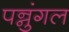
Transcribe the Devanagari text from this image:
पन्नुंगल